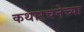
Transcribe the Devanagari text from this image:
कथारचनेच्या